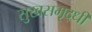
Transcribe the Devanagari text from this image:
सुखसमृद्धी